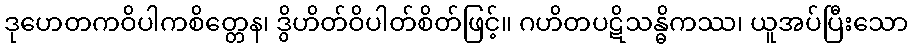
ဒုဟေတကဝိပါကစိတ္တေန၊ ဒွိဟိတ်ဝိပါတ်စိတ်ဖြင့်။ ဂဟိတပဋိသန္ဓိကဿ၊ ယူအပ်ပြီးသော